Leaving Certificate Examination, 1924
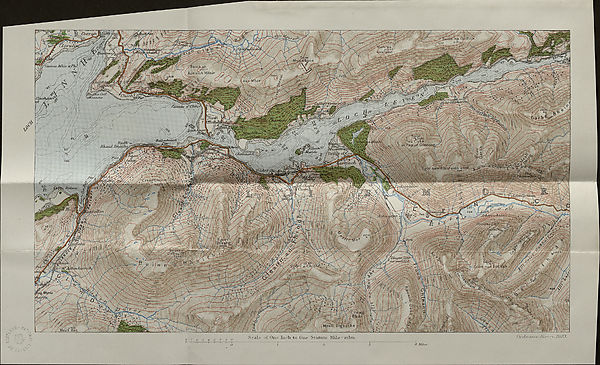
Clovulh
f'Quna.v jM7u.c ctiPhi'
' . ^263
Aonaich Mhbir
'tuot
'earuui
mm
:
c naXic , rie- : • y/
ufaidfc
Uluti/l Bh&thes
\ ^£i/sqjl
ChOxTtfheich
Croag-Ghorm. V
'/ifthosn.
Rotnii'.
j /!c/iAr/o/‘hi-ritl
iffi'AC/; f j
/ 221^
. !: <■!>;nJ.ur:‘rJi
ii««ii
■ S*""
atg^XfUic
: eShife 1
Scale of One lucli to Oxte Statute Mile -Cofeu
O/-t fiui/icc •V/// m v r. 1923.
4 Mil*.*